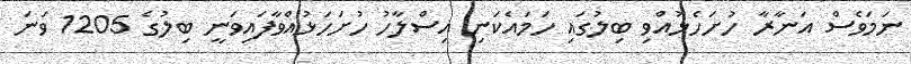
ނަމަވެސް އަނާރާ ހުށަހެޅުއްވި ބިލުގައި ހަމައެކަނި އިސްލާހު ހުށަހަޅުއްވާފައިވަނީ ބިލުގެ 1205 ވަނަ